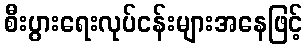
စီးပွားရေးလုပ်ငန်းများအနေဖြင့်